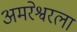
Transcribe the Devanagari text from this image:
अमरेश्वरला